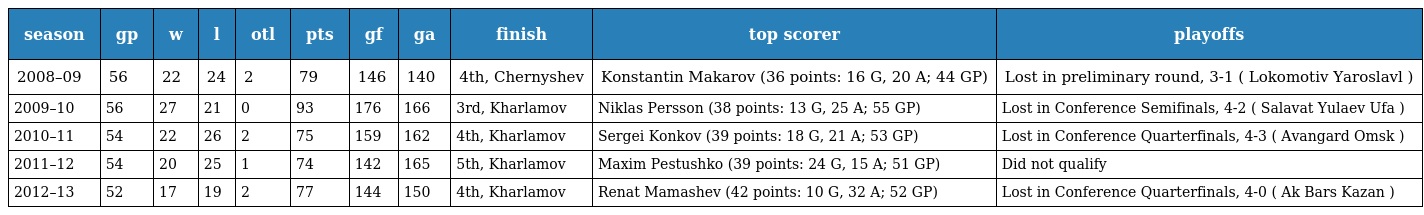
| season | gp | w | l | otl | pts | gf | ga | finish | top scorer | playoffs |
 | --- | --- | --- | --- | --- | --- | --- | --- | --- | --- | --- |
 | 2008–09 | 56 | 22 | 24 | 2 | 79 | 146 | 140 | 4th, Chernyshev | Konstantin Makarov (36 points: 16 G, 20 A; 44 GP) | Lost in preliminary round, 3-1 ( Lokomotiv Yaroslavl ) |
 | 2009–10 | 56 | 27 | 21 | 0 | 93 | 176 | 166 | 3rd, Kharlamov | Niklas Persson (38 points: 13 G, 25 A; 55 GP) | Lost in Conference Semifinals, 4-2 ( Salavat Yulaev Ufa ) |
 | 2010–11 | 54 | 22 | 26 | 2 | 75 | 159 | 162 | 4th, Kharlamov | Sergei Konkov (39 points: 18 G, 21 A; 53 GP) | Lost in Conference Quarterfinals, 4-3 ( Avangard Omsk ) |
 | 2011–12 | 54 | 20 | 25 | 1 | 74 | 142 | 165 | 5th, Kharlamov | Maxim Pestushko (39 points: 24 G, 15 A; 51 GP) | Did not qualify |
 | 2012–13 | 52 | 17 | 19 | 2 | 77 | 144 | 150 | 4th, Kharlamov | Renat Mamashev (42 points: 10 G, 32 A; 52 GP) | Lost in Conference Quarterfinals, 4-0 ( Ak Bars Kazan ) |